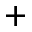
^ +